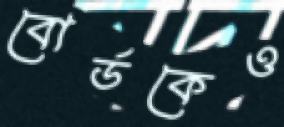
বোর্ডকেও